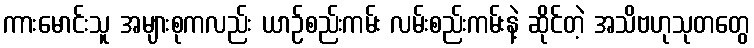
ကားမောင်းသူ အများစုကလည်း ယာဉ်စည်းကမ်း လမ်းစည်းကမ်းနဲ့ ဆိုင်တဲ့ အသိဗဟုသုတတွေ